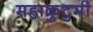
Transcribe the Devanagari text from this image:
महाकुटुमी